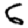
Digit: 6